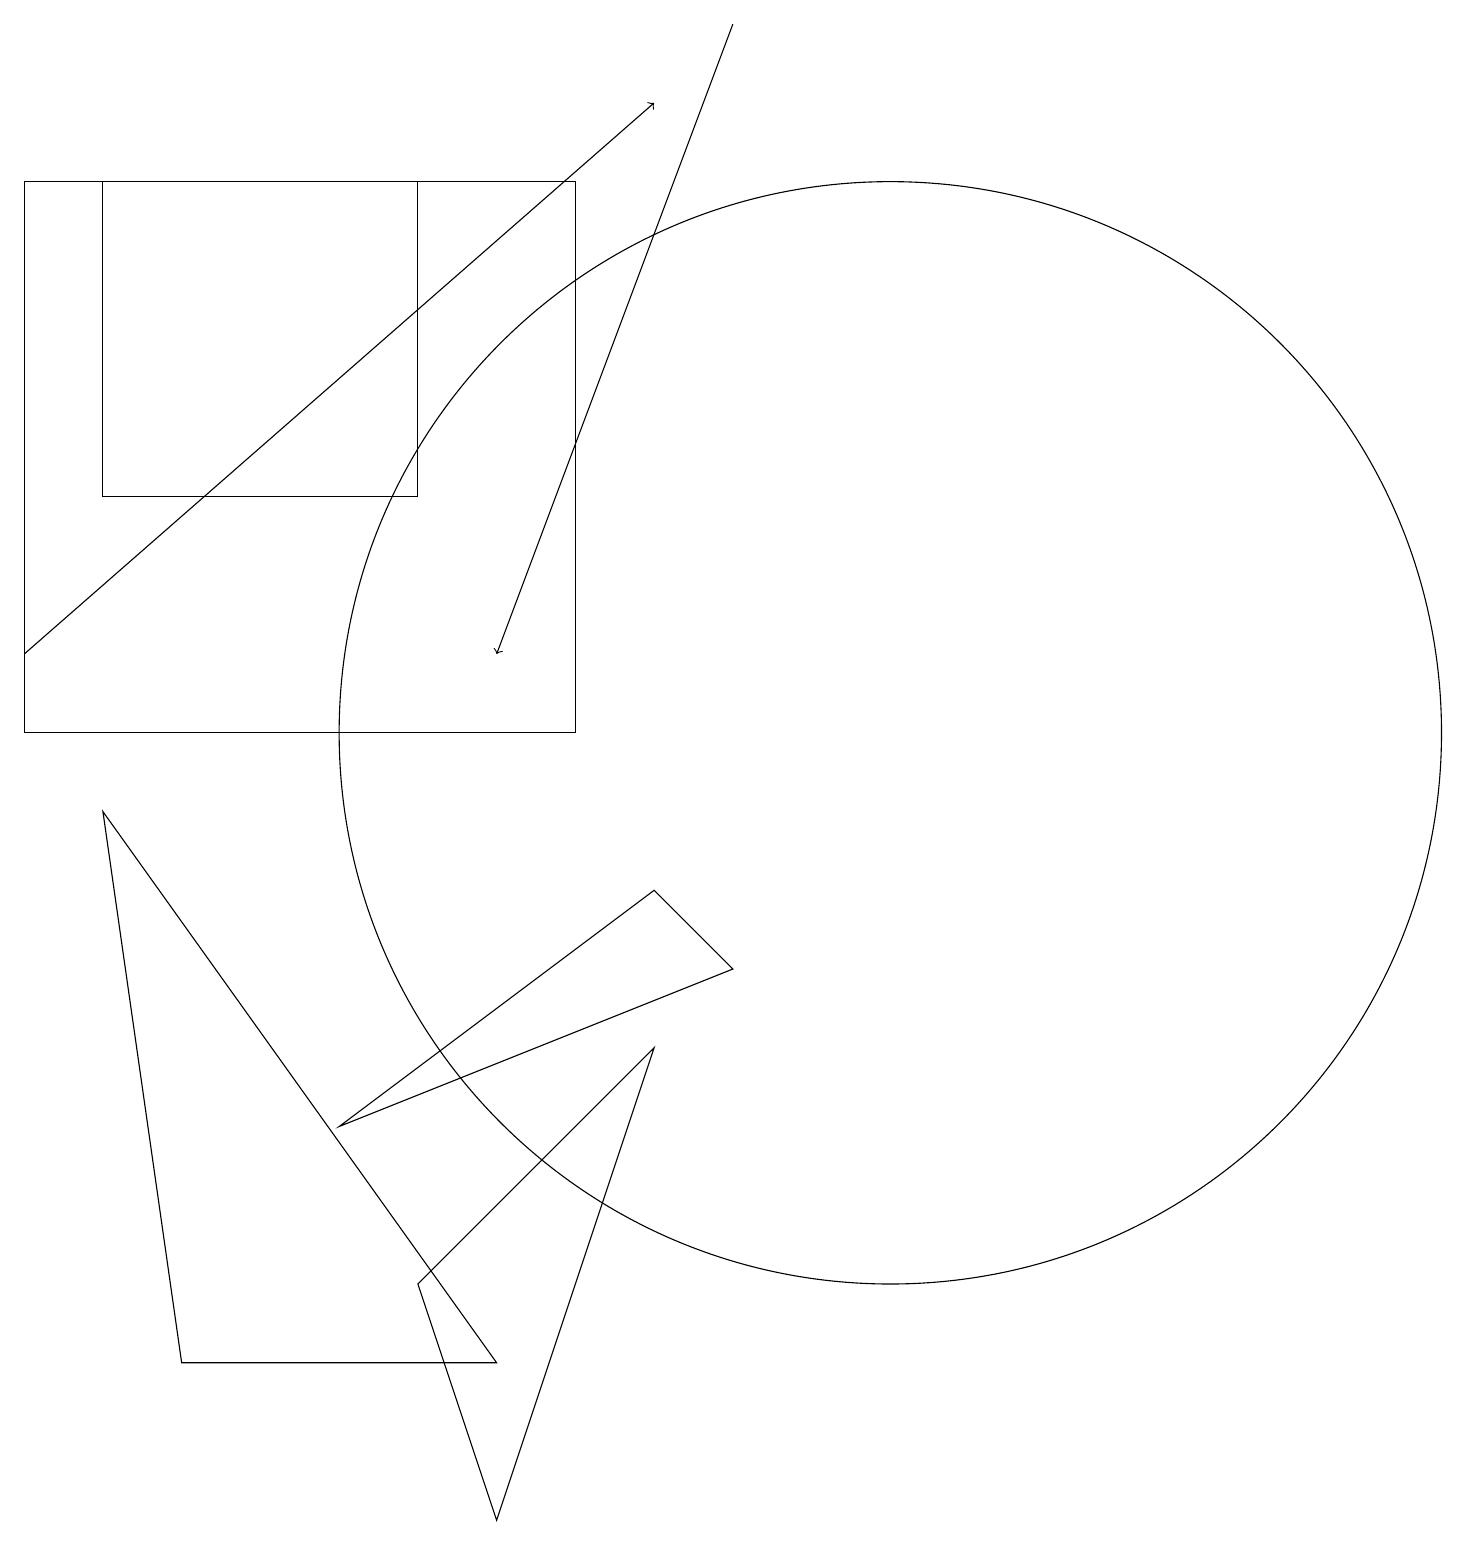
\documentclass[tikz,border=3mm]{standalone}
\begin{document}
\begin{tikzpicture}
\draw (6,2) -- (1,9) -- (2,2) -- cycle;
\draw (11,10) circle (7);
\draw (6,0) -- (8,6) -- (5,3) -- cycle;
\draw (5,17) rectangle (1,13);
\draw[->] (0,11) -- (8,18);
\draw (4,5) -- (9,7) -- (8,8) -- cycle;
\draw (7,17) rectangle (0,10);
\draw[->] (9,19) -- (6,11);
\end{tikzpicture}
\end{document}